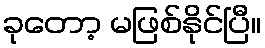
ခုတော့ မဖြစ်နိုင်ပြီ။